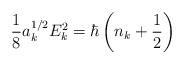
\begin{align*}\frac{1}{8} a_{k}^{1/2} E_{k}^{2} = \hbar \left( n_{k} + \frac{1}{2}\right)\end{align*}